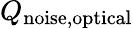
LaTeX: Q_{\mathrm{noise,optical}}